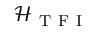
\mathcal { H } _ { \mathrm { ~ T ~ F ~ I ~ } }